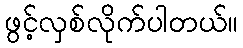
ဖွင့်လှစ်လိုက်ပါတယ်။